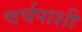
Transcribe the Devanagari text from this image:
चर्चपाशी